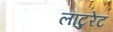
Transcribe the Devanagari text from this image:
लाटुरेट